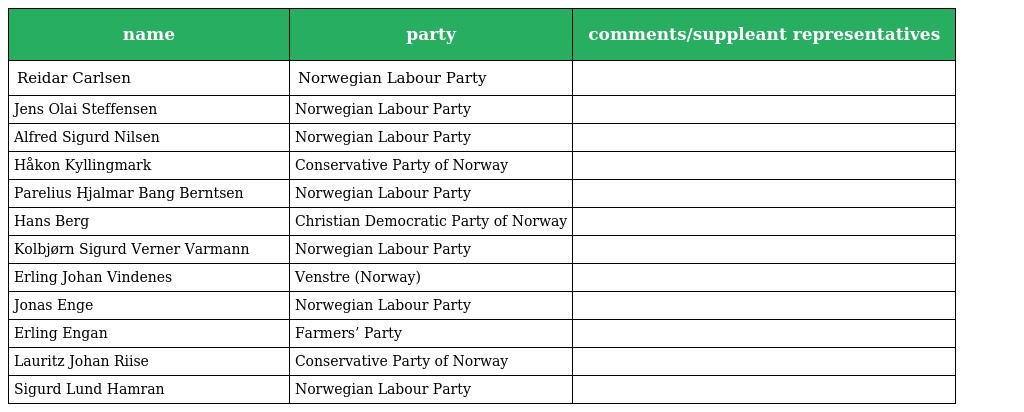
| name | party | comments/suppleant representatives |
 | --- | --- | --- |
 | Reidar Carlsen | Norwegian Labour Party |  |
 | Jens Olai Steffensen | Norwegian Labour Party |  |
 | Alfred Sigurd Nilsen | Norwegian Labour Party |  |
 | Håkon Kyllingmark | Conservative Party of Norway |  |
 | Parelius Hjalmar Bang Berntsen | Norwegian Labour Party |  |
 | Hans Berg | Christian Democratic Party of Norway |  |
 | Kolbjørn Sigurd Verner Varmann | Norwegian Labour Party |  |
 | Erling Johan Vindenes | Venstre (Norway) |  |
 | Jonas Enge | Norwegian Labour Party |  |
 | Erling Engan | Farmers’ Party |  |
 | Lauritz Johan Riise | Conservative Party of Norway |  |
 | Sigurd Lund Hamran | Norwegian Labour Party |  |